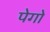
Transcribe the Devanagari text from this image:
पेगो